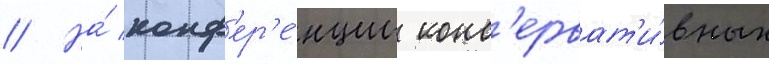
// На́ конф'ер'е́нции конс'ерват'и́вных